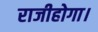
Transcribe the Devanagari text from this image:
राजीहोगा।